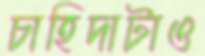
চাহিদাটাও